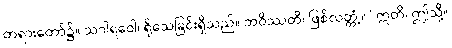
တရားတော်၌။ သဂါရဝေါ၊ ရိုသေခြင်းရှိသည်။ ဘဝိဿတိ၊ ဖြစ်လတ္တံ့။” ဣတိ၊ ဤသို့။